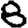
Digit: 8